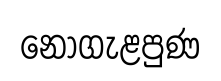
නොගැළපුණ